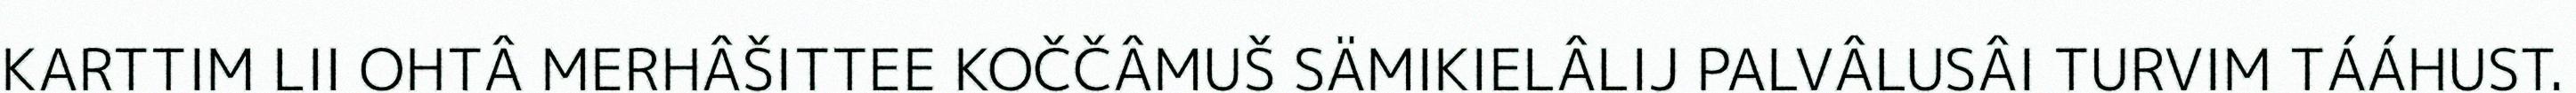
KARTTIM LII OHTÂ MERHÂŠITTEE KOČČÂMUŠ SÄMIKIELÂLIJ PALVÂLUSÂI TURVIM TÁÁHUST.